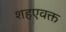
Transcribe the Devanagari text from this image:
शहएवक्त